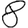
Digit: 8